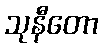
သုနီတော